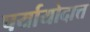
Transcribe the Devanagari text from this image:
पर्यायोदात्त